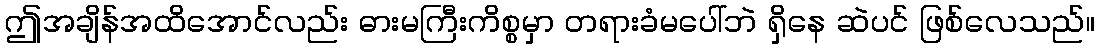
ဤအချိန်အထိအောင်လည်း ဓားမကြီးကိစ္စမှာ တရားခံမပေါ်ဘဲ ရှိနေ ဆဲပင် ဖြစ်လေသည်။